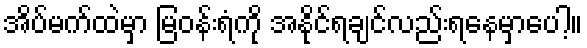
အိပ်မက်ထဲမှာ မြဝန်းရံကို အနိုင်ရချင်လည်းရနေမှာပေါ့။